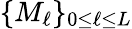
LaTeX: \{ M_{\ell}\} _{0\le\ell\le L}